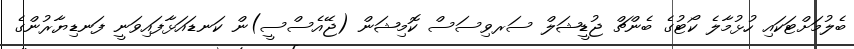
ބެލުމަށްޓަކައި ހުޅުމާލެ ކޯޓުގެ ބެންޗް ޖުޑީޝަލް ސަރވިސަސް ކޮމިޝަން (ޖޭއެސްސީ)ން ކަނޑައަޅާފައިވަނީ ފަނޑިޔާރުންގެ